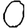
Digit: 0